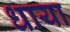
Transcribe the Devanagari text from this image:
धाया